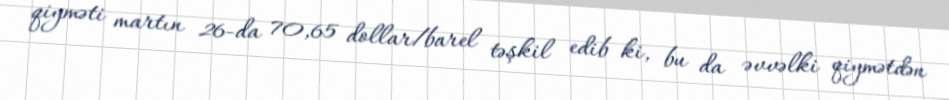
qiyməti martın 26-da 70,65 dollar/barel təşkil edib ki, bu da əvvəlki qiymətdən